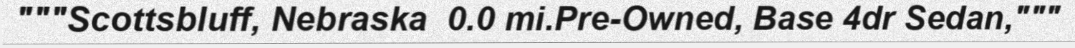
"""Scottsbluff, Nebraska  0.0 mi.Pre-Owned, Base 4dr Sedan,"""